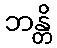
ဘန္တိ